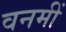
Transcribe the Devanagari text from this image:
वनमीं